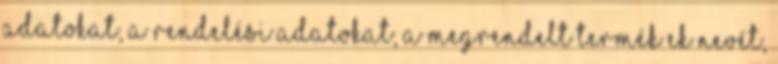
adatokat, a rendelési adatokat, a megrendelt termék ek nevét,